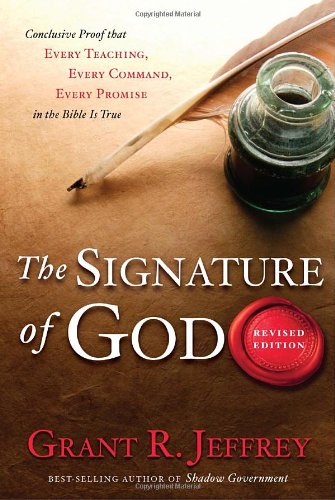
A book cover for The Signature of God, Revised Edition: Conclusive Proof That Every Teaching, Every Command, Every Promise in the Bible Is True; Grant R. Jeffrey; Christian Books & Bibles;